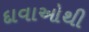
દાવાઓથી